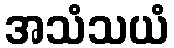
အသံသယံ